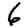
Digit: 6